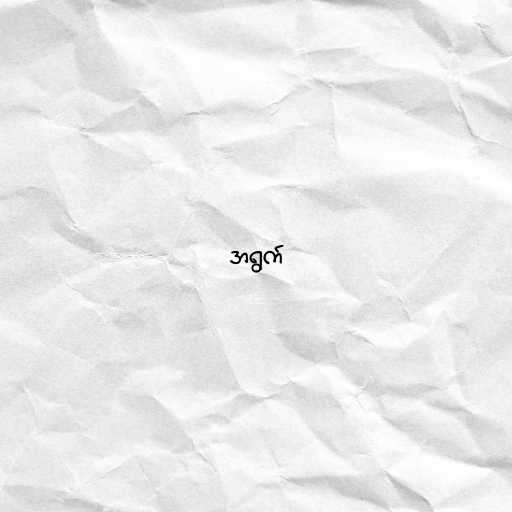
အရွက်